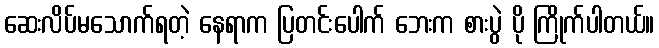
ဆေးလိပ်မသောက်ရတဲ့ နေရာက ပြတင်းပေါက် ဘေးက စားပွဲ ပို ကြိုက်ပါတယ်။